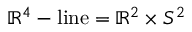
\mathbb { R } ^ { 4 } - \mathrm { l i n e } = \mathbb { R } ^ { 2 } \times S ^ { 2 }